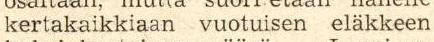
kertakaikkiaan vuotuisen eläkkeen